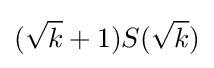
({\sqrt {k}}+1)S({\sqrt {k}})